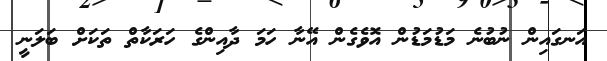
އަނގައިން ނުބުނެ މަޑުމަޑުން އޮވެގެން އޭނާ ހަމަ ދާއިންގެ ހަރަކާތް ތަކަށް ބަލަނީ